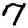
Digit: 7